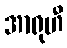
အာရုဟီ